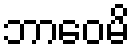
ဘာဝေမိ